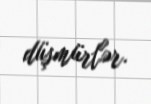
düşmürlər.